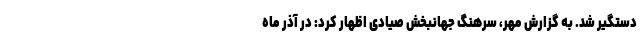
دستگیر شد. به گزارش مهر، سرهنگ جهانبخش صیادی اظهار کرد: در آذر ماه